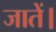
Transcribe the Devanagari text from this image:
जातें।